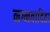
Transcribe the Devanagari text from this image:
नग्नवादिता